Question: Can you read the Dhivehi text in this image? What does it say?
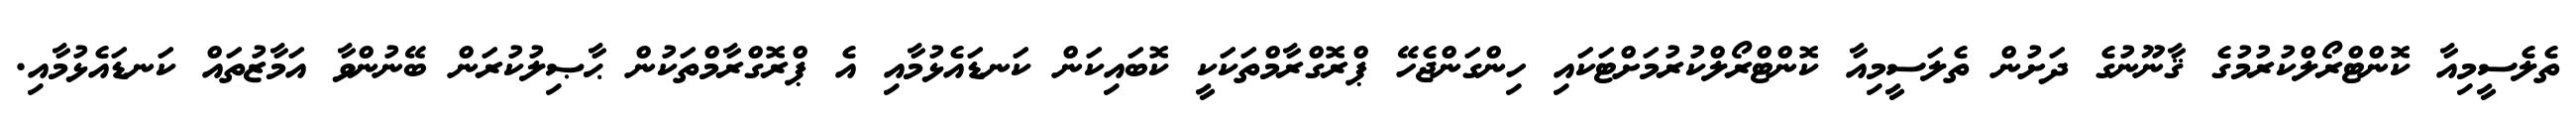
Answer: ތެލެސީމިއާ ކޮންޓްރޯލްކުރުމުގެ ޤާނޫނުގެ ދަށުން ތެލަސީމިއާ ކޮންޓްރޯލްކުރުމަށްޓަކައި ހިންގަންޖެހޭ ޕްރޮގްރާމްތަކަކީ ކޮބައިކަން ކަނޑައެޅުމާއި އެ ޕްރޮގްރާމްތަކުން ޙާޞިލުކުރަން ބޭނުންވާ އަމާޒުތައް ކަނޑައެޅުމާއި.